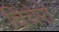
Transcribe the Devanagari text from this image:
चिचेरो